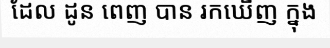
ដែល ដូន ពេញ បាន រកឃើញ ក្នុង